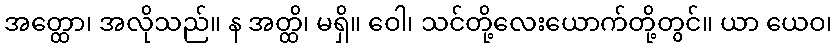
အတ္ထော၊ အလိုသည်။ န အတ္ထိ၊ မရှိ။ ဝေါ၊ သင်တို့လေးယောက်တို့တွင်။ ယာ ယေဝ၊